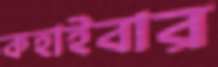
কহাইবার